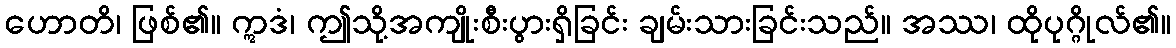
ဟောတိ၊ ဖြစ်၏။ ဣဒံ၊ ဤသို့အကျိုးစီးပွားရှိခြင်း ချမ်းသားခြင်းသည်။ အဿ၊ ထိုပုဂ္ဂိုလ်၏။